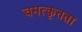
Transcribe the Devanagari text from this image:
चमत्कृतता